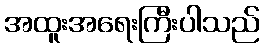
အထူးအရေးကြီးပါသည်